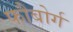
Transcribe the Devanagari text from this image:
फौबोर्ग